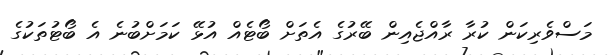
މަސްވެރިކަން ކުރާ ރާއްޖެއިން ބޭރުގެ އެތަށް ބޯޓެއް އުޅޭ ކަމަށްބުނެ އެ ބޯޓުތަކުގެ